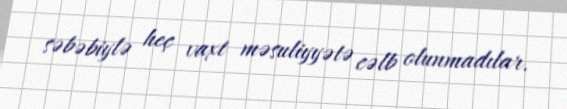
səbəbiylə heç vaxt məsuliyyətə cəlb olunmadılar.